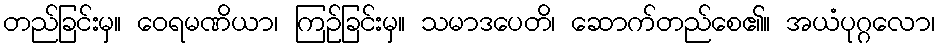
တည်ခြင်းမှ။ ဝေရမဏိယာ၊ ကြဉ်ခြင်းမှ။ သမာဒပေတိ၊ ဆောက်တည်စေ၏။ အယံပုဂ္ဂလော၊